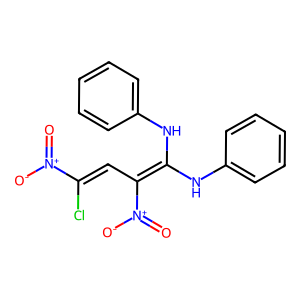
SMILES: O=[N+]([O-])C(Cl)=CC(=C(Nc1ccccc1)Nc1ccccc1)[N+](=O)[O-]
Inhibits HIV replication: No